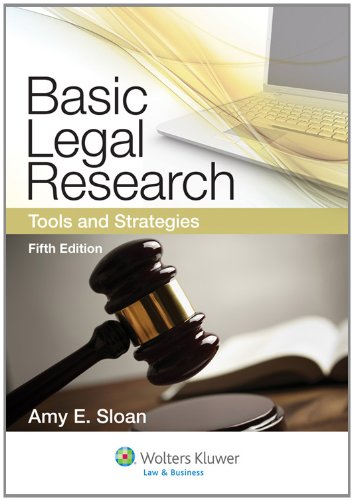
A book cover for Basic Legal Research: Tools and Strategies, Fifth Edition (Aspen Coursebook); Amy E. Sloan; Law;